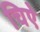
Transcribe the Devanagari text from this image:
चिऐ